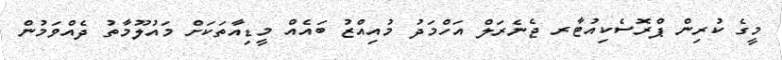
މީގެ ކުރިން ޕްރޮސެކިއުޓާރ ޖެނެރަލް އަހްމަދު މުއިއްޒު ބައެއް މީޑިއާތަކަށް މައުލޫމާތު ދެއްވަމުން